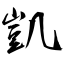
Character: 凱